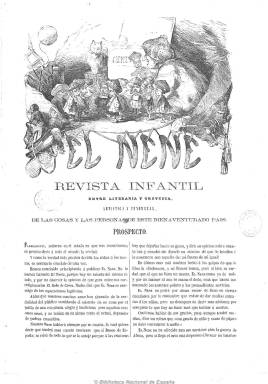
Título: El Nene (Madrid)
Colección: Revistas satíricas y humorísticas
Ámbito geográfico: Madrid
Lugar de publicación: Madrid
Fechas: 01/01/1859-26/05/1860

Subtitulada como “revista infantil entre literaria y grotesca, artística y fenomenal de las cosas y las personas de este bienaventurado país”, su referencia infantil lo es en cuanto ya señala en su prospecto que “la verdad sólo pueden decirla los niños y los tontos”, siendo un periódico de carácter satírico pero también de creación literaria, y no ajeno a la actualidad política, muy en concreto a la guerra de África que España libraba entonces.

Publicación dirigida y redactada por Manuel del Palacio (1831-1906) junto a Ramón Rodríguez Correa (1835-1894), Luis Rivera (1826-1872), además de Federico Luis Henares, entre otros, que integran un grupo de amigos entre sí y a la vez admiradores de Gustavo Adolfo Bécquer, y de la que Iris M. Zavala indica que tiene gran importancia para el estudio de la atmósfera pre-becqueriana, y en la que el propio poeta romántico publicará una de sus rimas –Imitación de Byron- en la sección “Arrullos”, dedicada a la inserción de composiciones poéticas.

Comenzó a publicarse el tres de diciembre de 1859, en entregas de ocho páginas y a dos columnas cada sábado, dando cabida también a una revista de teatros, y con la inserción de grabados de caricaturas y láminas humorísticas, obra de Francisco Ortego, acompañando una de ellas la propia cabecera de la publicación.

Editó, hasta el 26 de mayo de 1860, veinte números, que salieron de la imprenta de Manuel de Ancos, teniendo un carácter entre progresista y democrático, durante el gobierno moderado interino de Saturnino Calderón.